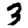
Digit: 3